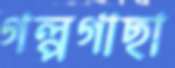
গল্পগাছা